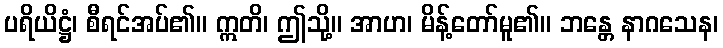
ပရိယိဋ္ဌံ၊ စီရင်အပ်၏။ ဣတိ၊ ဤသို့။ အာဟ၊ မိန့်တော်မူ၏။ ဘန္တေ နာဂသေန၊